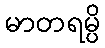
မာတရမ္ပိ